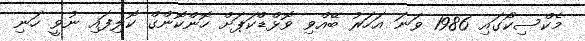
މެކްސިކޯގައި 1986 ވަނަ އަހަރު ބޭއްވި ވޮޅްޑްކަޕަށް ހޮންކޮންގް ކޮލިފައި ނުވީ ހަނި